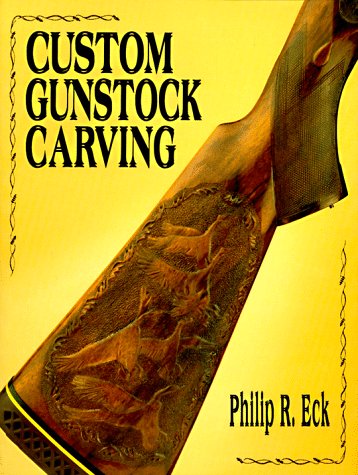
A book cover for Custom Gunstock Carving; Philip R. Eck; Crafts, Hobbies & Home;